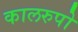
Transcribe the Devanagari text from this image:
कालरुपो